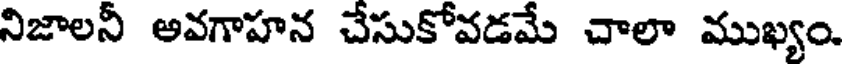
నిజాలనీ అవగాహన చేసుకోవడమే చాలా ముఖ్యం.